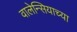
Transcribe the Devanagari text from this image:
वालेन्सियाच्या